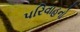
પરિવાહનો